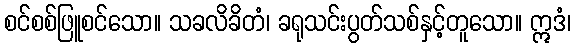
စင်စစ်ဖြူစင်သော။ သခလိခိတံ၊ ခရုသင်းပွတ်သစ်နှင့်တူသော။ ဣဒံ၊